Vaccination in Bombay 1924-1928 - 1924-1928
Year: 1924
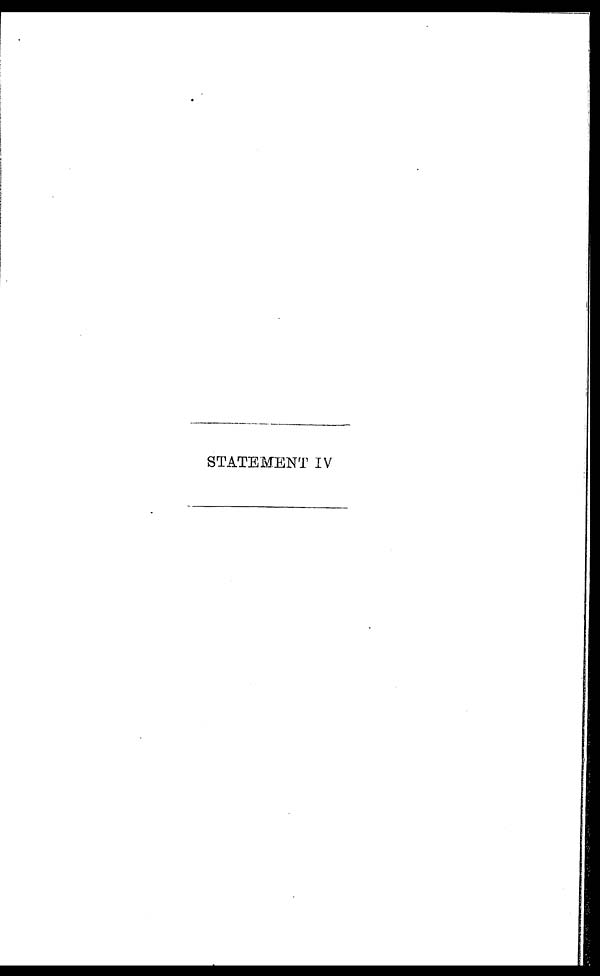
STATEMENT IV